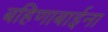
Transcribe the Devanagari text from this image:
बहिणाबाईना